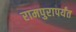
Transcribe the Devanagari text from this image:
रामपुरापर्यंत